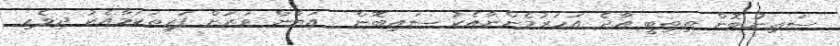
ސައިނުބޮން ތިތިބީ އާދެ އަހަރުމެންނާއެކު ސައިބޮން  އަޔާން ވަރަށްް ފަރިތަކަމާއެކު ދިވެހި